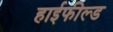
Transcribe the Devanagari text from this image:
हाईफील्ड